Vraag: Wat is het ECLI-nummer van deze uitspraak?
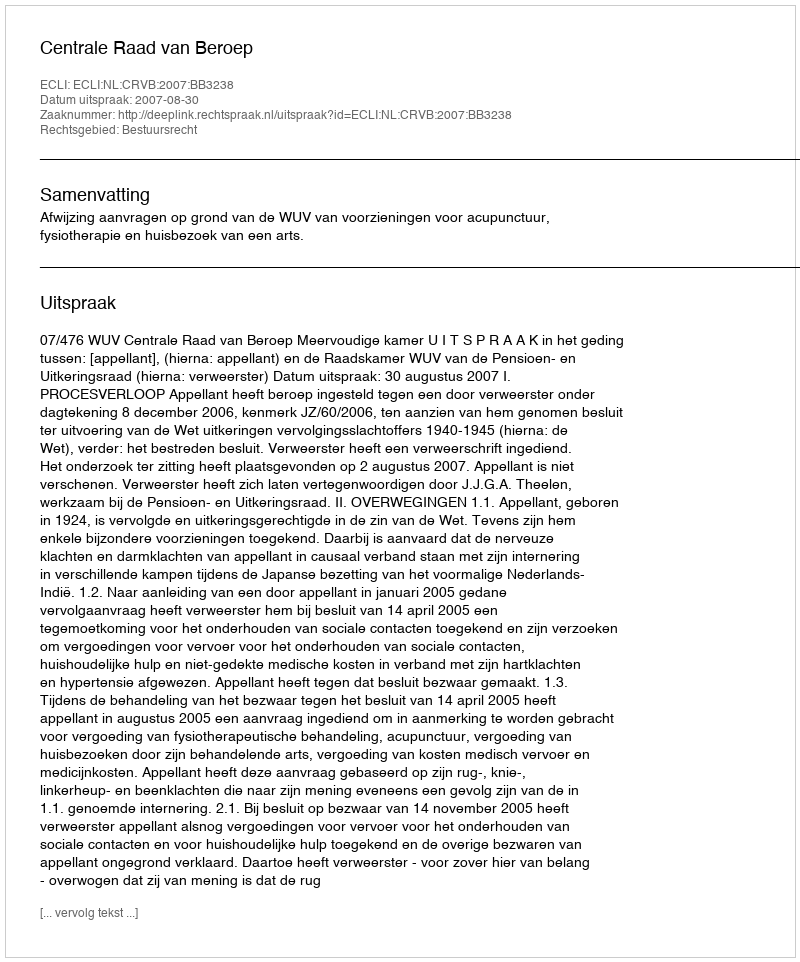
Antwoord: ECLI:NL:CRVB:2007:BB3238